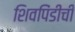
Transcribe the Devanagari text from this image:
शिवपिंडीची